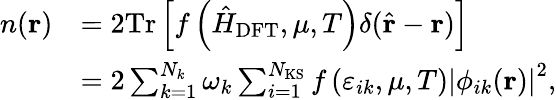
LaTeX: \begin{array}{rl}{n(\mathbf{r})}&{=2\mathrm{Tr}\left[f\left(\hat{H}_{\mathrm{DFT}},\mu,T\right)\delta(\hat{\mathbf{r}}-\mathbf{r})\right]}\\ &{=2\sum_{k=1}^{N_{k}}\omega_{k}\sum_{i=1}^{N_{\mathrm{KS}}}f\left(\varepsilon_{ik},\mu,T\right)\left|\phi_{ik}(\mathbf{r})\right|^{2},}\end{array}